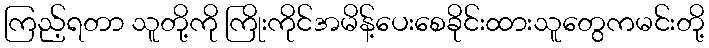
ကြည့်ရတာ သူတို့ကို ကြိုးကိုင်အမိန့်ပေးစေခိုင်းထားသူတွေကမင်းတို့